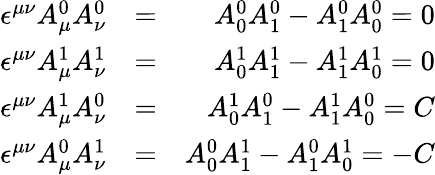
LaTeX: \begin{array}{rlr}{\epsilon^{\mu\nu}A_{\mu}^{0}A_{\nu}^{0}}&{=}&{A_{0}^{0}A_{1}^{0}-A_{1}^{0}A_{0}^{0}=0}\\ {\epsilon^{\mu\nu}A_{\mu}^{1}A_{\nu}^{1}}&{=}&{A_{0}^{1}A_{1}^{1}-A_{1}^{1}A_{0}^{1}=0}\\ {\epsilon^{\mu\nu}A_{\mu}^{1}A_{\nu}^{0}}&{=}&{A_{0}^{1}A_{1}^{0}-A_{1}^{1}A_{0}^{0}=C}\\ {\epsilon^{\mu\nu}A_{\mu}^{0}A_{\nu}^{1}}&{=}&{A_{0}^{0}A_{1}^{1}-A_{1}^{0}A_{0}^{1}=-C}\end{array}